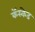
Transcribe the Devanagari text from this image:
कॅस्केड